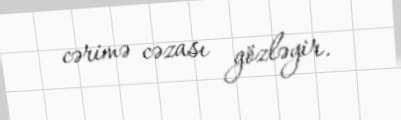
cərimə cəzası gözləyir.